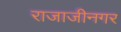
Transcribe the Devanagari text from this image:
राजाजीनगर